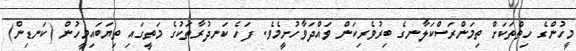
މީހުންގެ ހިތްތަކަށް ތިމަންރަސްކަލާނގެ ބިރުވެރިކަން ވައްދަވާހުށީމެވެ. ފަހެ ކަނދުރާތަކުގެ މަތީގައި ތިޔަބައިމީހުން (ކަނޑިން)